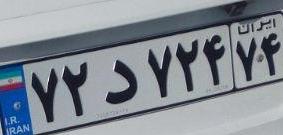
۷۲د۷۲۴۷۴